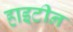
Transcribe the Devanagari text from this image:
हाइटीन